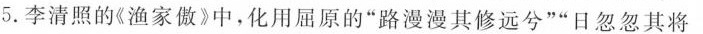
5.李清照的《渔家傲》中，化用屈原的”路漫漫其修远兮””日忽忽其将